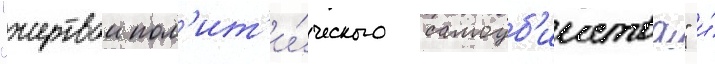
"жертвои пол'ит'и́ческого самоуб'ииства" и́